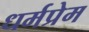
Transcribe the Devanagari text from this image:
धर्मप्रेम